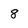
Character: 8